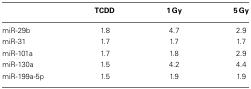
|  | TCDD | 1 Gy | 5 Gy |
 | --- | --- | --- | --- |
 | miR-29b | 1.8 | 4.7 | 2.9 |
 | miR-31 | 1.7 | 1.7 | 1.7 |
 | miR-101a | 1.7 | 1.8 | 2.9 |
 | miR-130a | 1.5 | 4.2 | 4.4 |
 | miR-199a-5p | 1.5 | 1.9 | 1.9 |